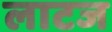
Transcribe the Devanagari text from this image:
लाटज